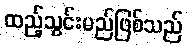
ထည့်သွင်းမည်ဖြစ်သည်